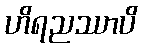
ဟိရညဿာပိ